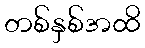
တစ်နှစ်အထိ